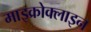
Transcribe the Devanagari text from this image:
माइक्रोक्लाइन